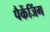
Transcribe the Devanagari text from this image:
पैकेंजिंग